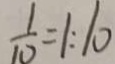
\frac { 1 } { 1 0 } = 1 : 1 0